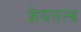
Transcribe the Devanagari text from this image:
ज्ञेयतत्व